Report on vaccination in the Province of Bengal - 1869-1873
Year: 1869
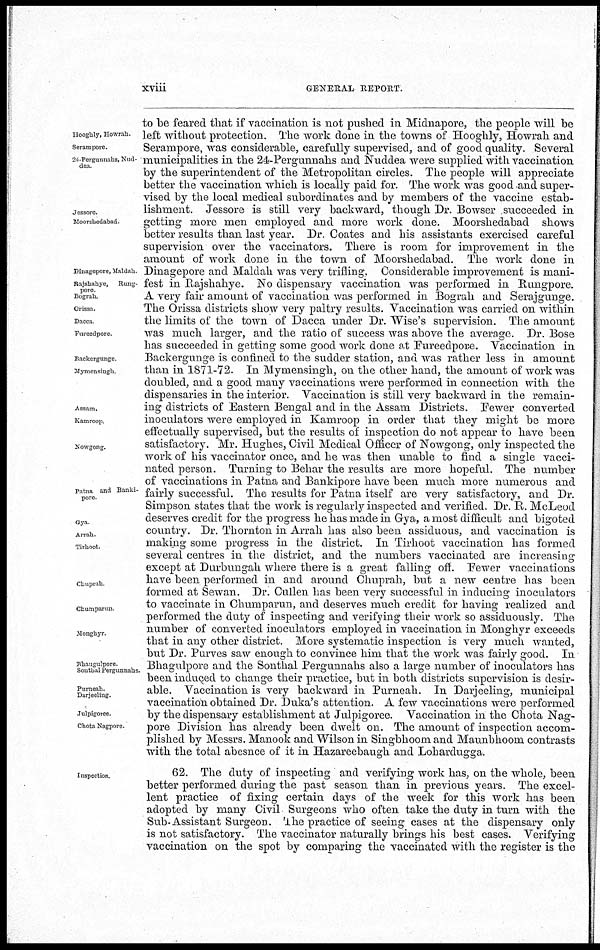
xviii
GENERAL REPORT.
Hooghly, Howrah.
Serampore.
24-Pergunnahs, Nud-
dea.
Jessore
Moorshedabad
Dinagepore, Maldah
Rajshahye,
Rung-
pore
Bograh
Orissa.
Dacca
Fureedpore
Backorgunge
Mymensingh
Assam.
Kamroop
Nowgong.
Patna and Banki-
pore.
Gya
Arrah.
Tirhoot.
Chuprah
Chumparun
Monghyr.
Bhaugulpore
Sonthal Pergunnahs.
Purneah.
Darjeeling.
Julprgoree.
Chota Nagpore.
to be feared that if vaccination is not pushed in Midnapore, the people will be
left without protection. The work done in the towns of Hooghly, Howrah and
Serampore, was considerable, carefully supervised, and of good quality. Several
municipalities in the 24-Pergunnahs and Nuddea were supplied with vaccination
by the superintendent of the Metropolitan circles. The people will appreciate
better the vaccination which is locally paid for. The work was good and super-
vised by the local medical subordinates and by members of the vaccine estab-
lishment. Jessore is still very backward, though Dr. Bowser succeeded in
getting more men employed and more work done. Moorshedabad shows
better results than last year. Dr. Coates and his assistants exercised careful
supervision over the vaccinators. There is room for improvement in the
amount of work done in the town of Moorshedabad. The work done in
Dinagepore and Maldah was very trifling. Considerable improvement is mani-
fest in Rajshahye. No dispensary vaccination was performed in Rungpore.
A very fair amount of vaccination was performed in Bograh and Serajgunge.
The Orissa districts show very paltry results. Vaccination was carried on within
the limits of the town of Dacca under Dr. Wise's supervision. The amount
was much larger, and the ratio of success was above the average. Dr. Bose
has succeeded in getting some good work done at Fureedpore. Vaccination in
Backergunge is confined to the sudder station, and was rather less in amount
than in 1871-72. In Mymensingh, on the other hand, the amount of work was
doubled, and a good many vaccinations were performed in connection with the
dispensaries in the interior. Vaccination is still very backward in the remain-
ing districts of Eastern Bengal and in the Assam Districts. Fewer converted
inoculators were employed in Kamroop in order that they might be more
effectually supervised, but the results of inspection do not appear to have been
satisfactory. Mr. Hughes, Civil Medical Officer of Nowgong, only inspected the
work of his vaccinator once, and he was then unable to find a single vacci-
nated person. Turning to Behar the results are more hopeful. The number
of vaccinations in Patna and Bankipore have been much more numerous and
fairly successful. The results for Patna itself are very satisfactory, and Dr.
Simpson states that the work is regularly inspected and verified. Dr. R. McLeod
deserves credit for the progress he has made in Gya, a most difficult and bigoted
country. Dr. Thornton in Arrah has also been assiduous, and vaccination is
making some progress in the district. In Tirhoot vaccination has formed
several centres in the district, and the numbers vaccinated are increasing
except at Durbungah where there is a great falling off. Fewer vaccinations
have been performed in and around Chuprah, but a new centre has been
formed at Sewan. Dr. Cullen has been very successful in inducing inoculators
to vaccinate in Chumparun, and deserves much credit for having realized and
performed the duty of inspecting and verifying their work so assiduously. The
number of converted inoculators employed in vaccination in Monghyr exceeds
that in any other district. More systematic inspection is very much wanted,
but Dr. Purves saw enough to convince him that the work was fairly good. In
Bhagulpore and the Sonthal Pergunnahs also a large number of inoculators has
been induced to change their practice, but in both districts supervision is desir-
able. Vaccination is very backward in Purneah. In Darjeeling, municipal
vaccination obtained Dr. Duka's attention. A few vaccinations were performed
by the dispensary establishment at Julpigoree. Vaccination in the Chota Nag-
pore Division has already been dwelt on. The amount of inspection accom-
plished by Messrs. Manook and Wilson in Singbhoom and Maunbhoom contrasts
with the total abesnee of it in Hazareebaugh and Lohardugga.
Inspection
62. The duty of inspecting and verifying work has, on the whole, been
better performed during the past season than in previous years. The excel-
lent practice of fixing certain days of the week for this work has been
adopted by many Civil Surgeons who often take the duty in turn with the
Sub-Assistant Surgeon. The practice of seeing cases at the dispensary only
is not satisfactory. The vaccinator naturally brings his best cases. Verifying
vaccination on the spot by comparing the vaccinated with the register is the